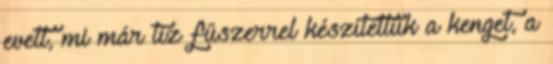
evett, mi már tíz fűszerrel készítettük a kenget, a